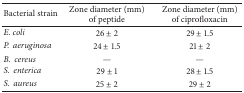
| Bacterial strain | Zone diameter (mm) of peptide | Zone diameter (mm) of ciprofloxacin |
 | --- | --- | --- |
 | E. coli | 26 ± 2 | 29 ± 1.5 |
 | P.aeruginosa | 24 ± 1.5 | 21 ± 2 |
 | B.cereus | — | — |
 | S.enterica | 29 ± 1 | 28 ± 1.5 |
 | S.aureus | 25 ± 2 | 29 ± 2 |